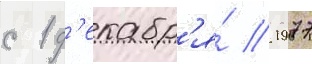
с 1 д'екабр'я́ 1977